Report on malaria in the Punjab during the year ...  together with an account of the work of the Punjab Malaria Bureau - Volume 6
Disease focus: Malaria
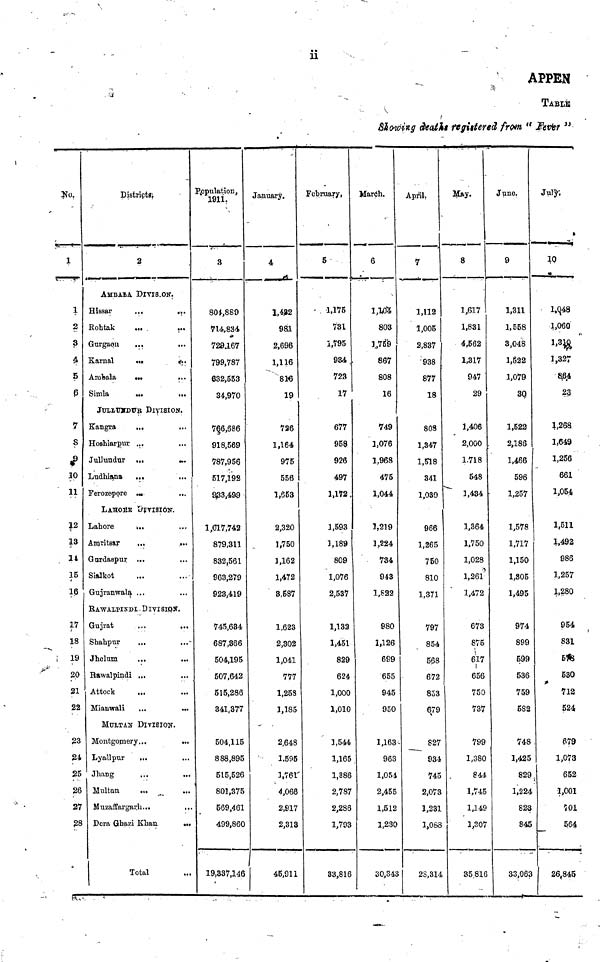
APPEN
TABLE
Blowing dea£%t ftgittered from " fierier "
1
1
2
3
5
P
7
s
t
10
11
12
13
14
15
16
17
18
19
20
31
22
23
24
25
26
27
28
Districts;
2
AMBABA DIVIS.ON.
Hissar
,,,
...
Eohtak
... ,
...
Gurgaon
...
...
Karnal
...
< ; .
Anabala
•»
...
Simla
...
...
JtHI/XTSTDTTjl DlYISION.
Kangra
...
Hoshiarpur ...
Jullundur ...
...
Ludhiana ...
...
Ferozepare ....
...
LAHOltK t/JVISION.
Lahore
...
Amritsar
...
...
Gnrdaspur ...
Sialkot
Gujranwala ...
EA-WAIPINDL- DIVISIQS.
Gujrat
...
...
Shahpur
.,,
Jhelum
...
...
Bawalpindi ...
Attock
...
Miaowali
...
...
MuLTAtf DjVIEIOIT.
Montgomery...
...
Lyallpur
...
Jhang
...
...
Mtiltan
...
Muzaffargar.li...
,,.
Dera Qhazi Khan
...
Total
Population,
i9ii.
3
80*,8S9
?14,834
720JL67
799,787
632,553
34,970
7§6,686
918,569
787,956
517,192
9£3,499
1,017,742
879,311
832,561
963,279
923,419
745,634
687,366
504,195
507,642
515,286
341,377
504,115
888,895
515,526
801,375
569,461
499,860
19,337,146
January.
4
1,4?2
981
2,696
1,116
816
19
726
1,164
975
556
1,653
2,320
1,750
1,162
1,472
8,587
1.623
2,302
1,041
777
1,253
1,185
2,648
1.595
1,761'
4,066
2,817
2,313
45,911
February,
g
1.175
731
1,795
934
723
17
677
959
926
497
1,172.
1,593
1,189
809
1,076
2,537
1,133
1,451
829
624
1,000
1,010
1,544
1,165
1,386
2,787
2,286
1,793
33,816
March.
6
1/U&
803
l.,769
867
808
16
749
1,076
1.968
475
1,044
3,219
1,224
734
943
1,822
980
1,126
699
655
945
950
1,163
963
1,054
2,455
1,512
1,230
30,343
April.
7
1,112
1,005
2,837
938
877
18
80S
1,347
1,518
341
1,030
966
1,265
750
810
1,371
797
854
568
672
8S3
679
827
934
745
2,073
1,231
1,068
28,314
May.
8
1,617
1,831
4,562
1,317
947
29
1,406
2,000
1.718
548
1,434
1,364
1,750
1,028
1,261
1,472
673
875
617
I
656
750
737
799
1,380
844
1,745
1,149
1,307
35,816
June.
9
1,311
1,558
3,048
1,822
1,079
30,
1,522
2,186
1,466
596
1,257
1,578
1,717
1,150
1,305
1,495
974
899
599
536
759
5S2
748
1,425
829
1,224
823
845
33,063
July".
•
i>q48
1,060
M$
1,327
8JB4
23
},268
1,649
1,256
661
1,054
1,511
1,492
986
1,257
1,280
954
831
5fe
530
712
524
679
1,073
652
1,001
?01
564
26,845